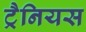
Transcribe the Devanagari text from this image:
ट्रैनियस